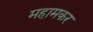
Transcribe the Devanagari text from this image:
महामकर